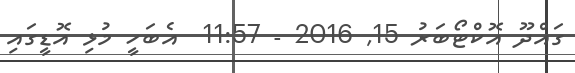
ގައްދޫ އޮކްޓޯބަރު 15